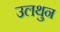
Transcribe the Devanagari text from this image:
उलथुन